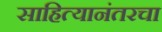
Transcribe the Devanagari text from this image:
साहित्यानंतरचा